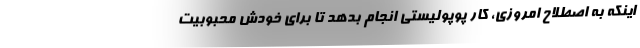
اینکه به اصطلاح امروزی، کار پوپولیستی انجام بدهد تا برای خودش محبوبیت